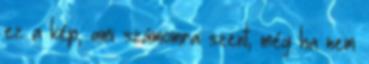
ez a kép, ami számomra szent, még ha nem